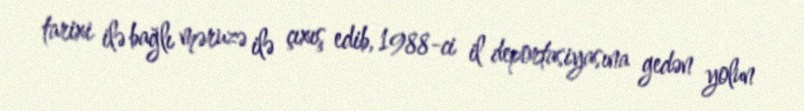
tarixi ilə bağlı məruzə ilə çıxış edib, 1988-ci il deportasiyasına gedən yolun